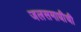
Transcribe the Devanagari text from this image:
जलसमाधीची